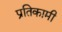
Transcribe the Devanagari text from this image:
प्रतिकामी